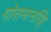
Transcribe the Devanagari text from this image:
गोरामानसिंह्